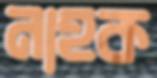
নাহক